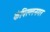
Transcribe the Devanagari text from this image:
कंपिल्लनगर